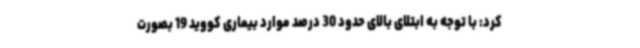
کرد: با توجه به ابتلای بالای حدود 30 درصد موارد بیماری کووید 19 بصورت